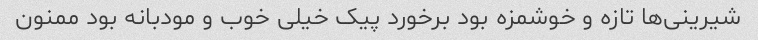
شیرینی‌ها تازه و خوشمزه بود برخورد پیک خیلی خوب و مودبانه بود ممنون